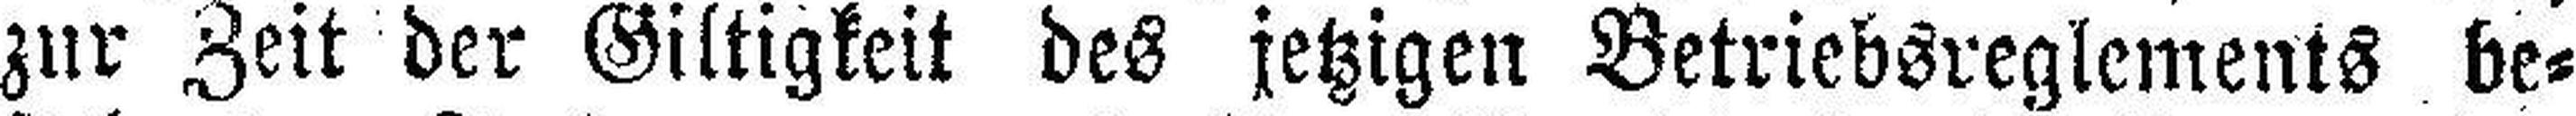
zur Zeit der Giltigkeit des jetzigen Betriebsreglements be¬